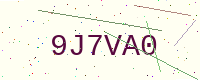
Text: 9J7VA0